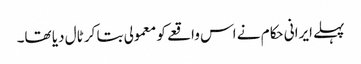
پہلے ایرانی حکام نے اس واقعے کو معمولی بتا کر ٹال دیا تھا۔